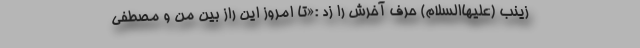
زینب (علیهاالسلام) حرف آخرش را زد :«تا امروز این راز بین من و مصطفی